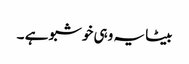
بیٹا یہ وہی خوشبو ہے ۔